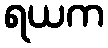
ရယက